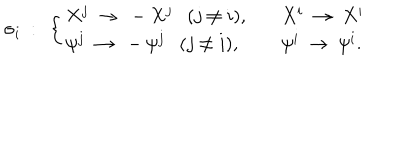
\sigma _ { i } ~ : ~ \left\{ \begin{array} { l l } { { X ^ { j } ~ \rightarrow ~ - X ^ { j } ( j \neq i ) , } } & { { X ^ { i } ~ \rightarrow ~ X ^ { i } } } \\ { { \psi ^ { j } ~ \rightarrow ~ - \psi ^ { j } ( j \neq i ) , } } & { { \psi ^ { i } ~ \rightarrow ~ \psi ^ { i } . } } \\ \end{array} \right.